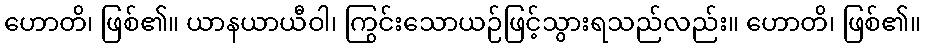
ဟောတိ၊ ဖြစ်၏။ ယာနယာယီဝါ၊ ကြွင်းသောယဉ်ဖြင့်သွားရသည်လည်း။ ဟောတိ၊ ဖြစ်၏။